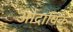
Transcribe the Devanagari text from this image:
औदायिक